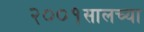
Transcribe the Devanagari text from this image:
२००१सालच्या